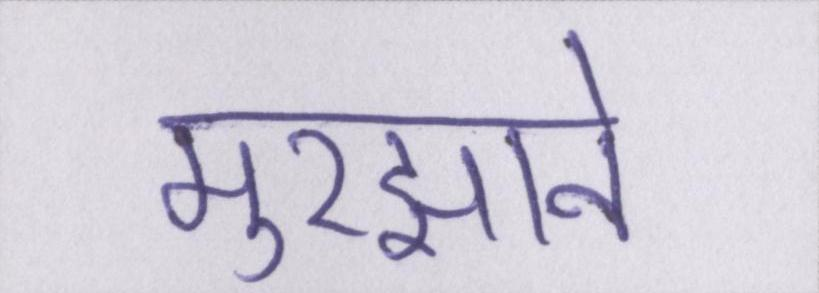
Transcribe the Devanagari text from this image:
मुरझाने